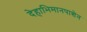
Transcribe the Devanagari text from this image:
देहाभिमानपाशेन